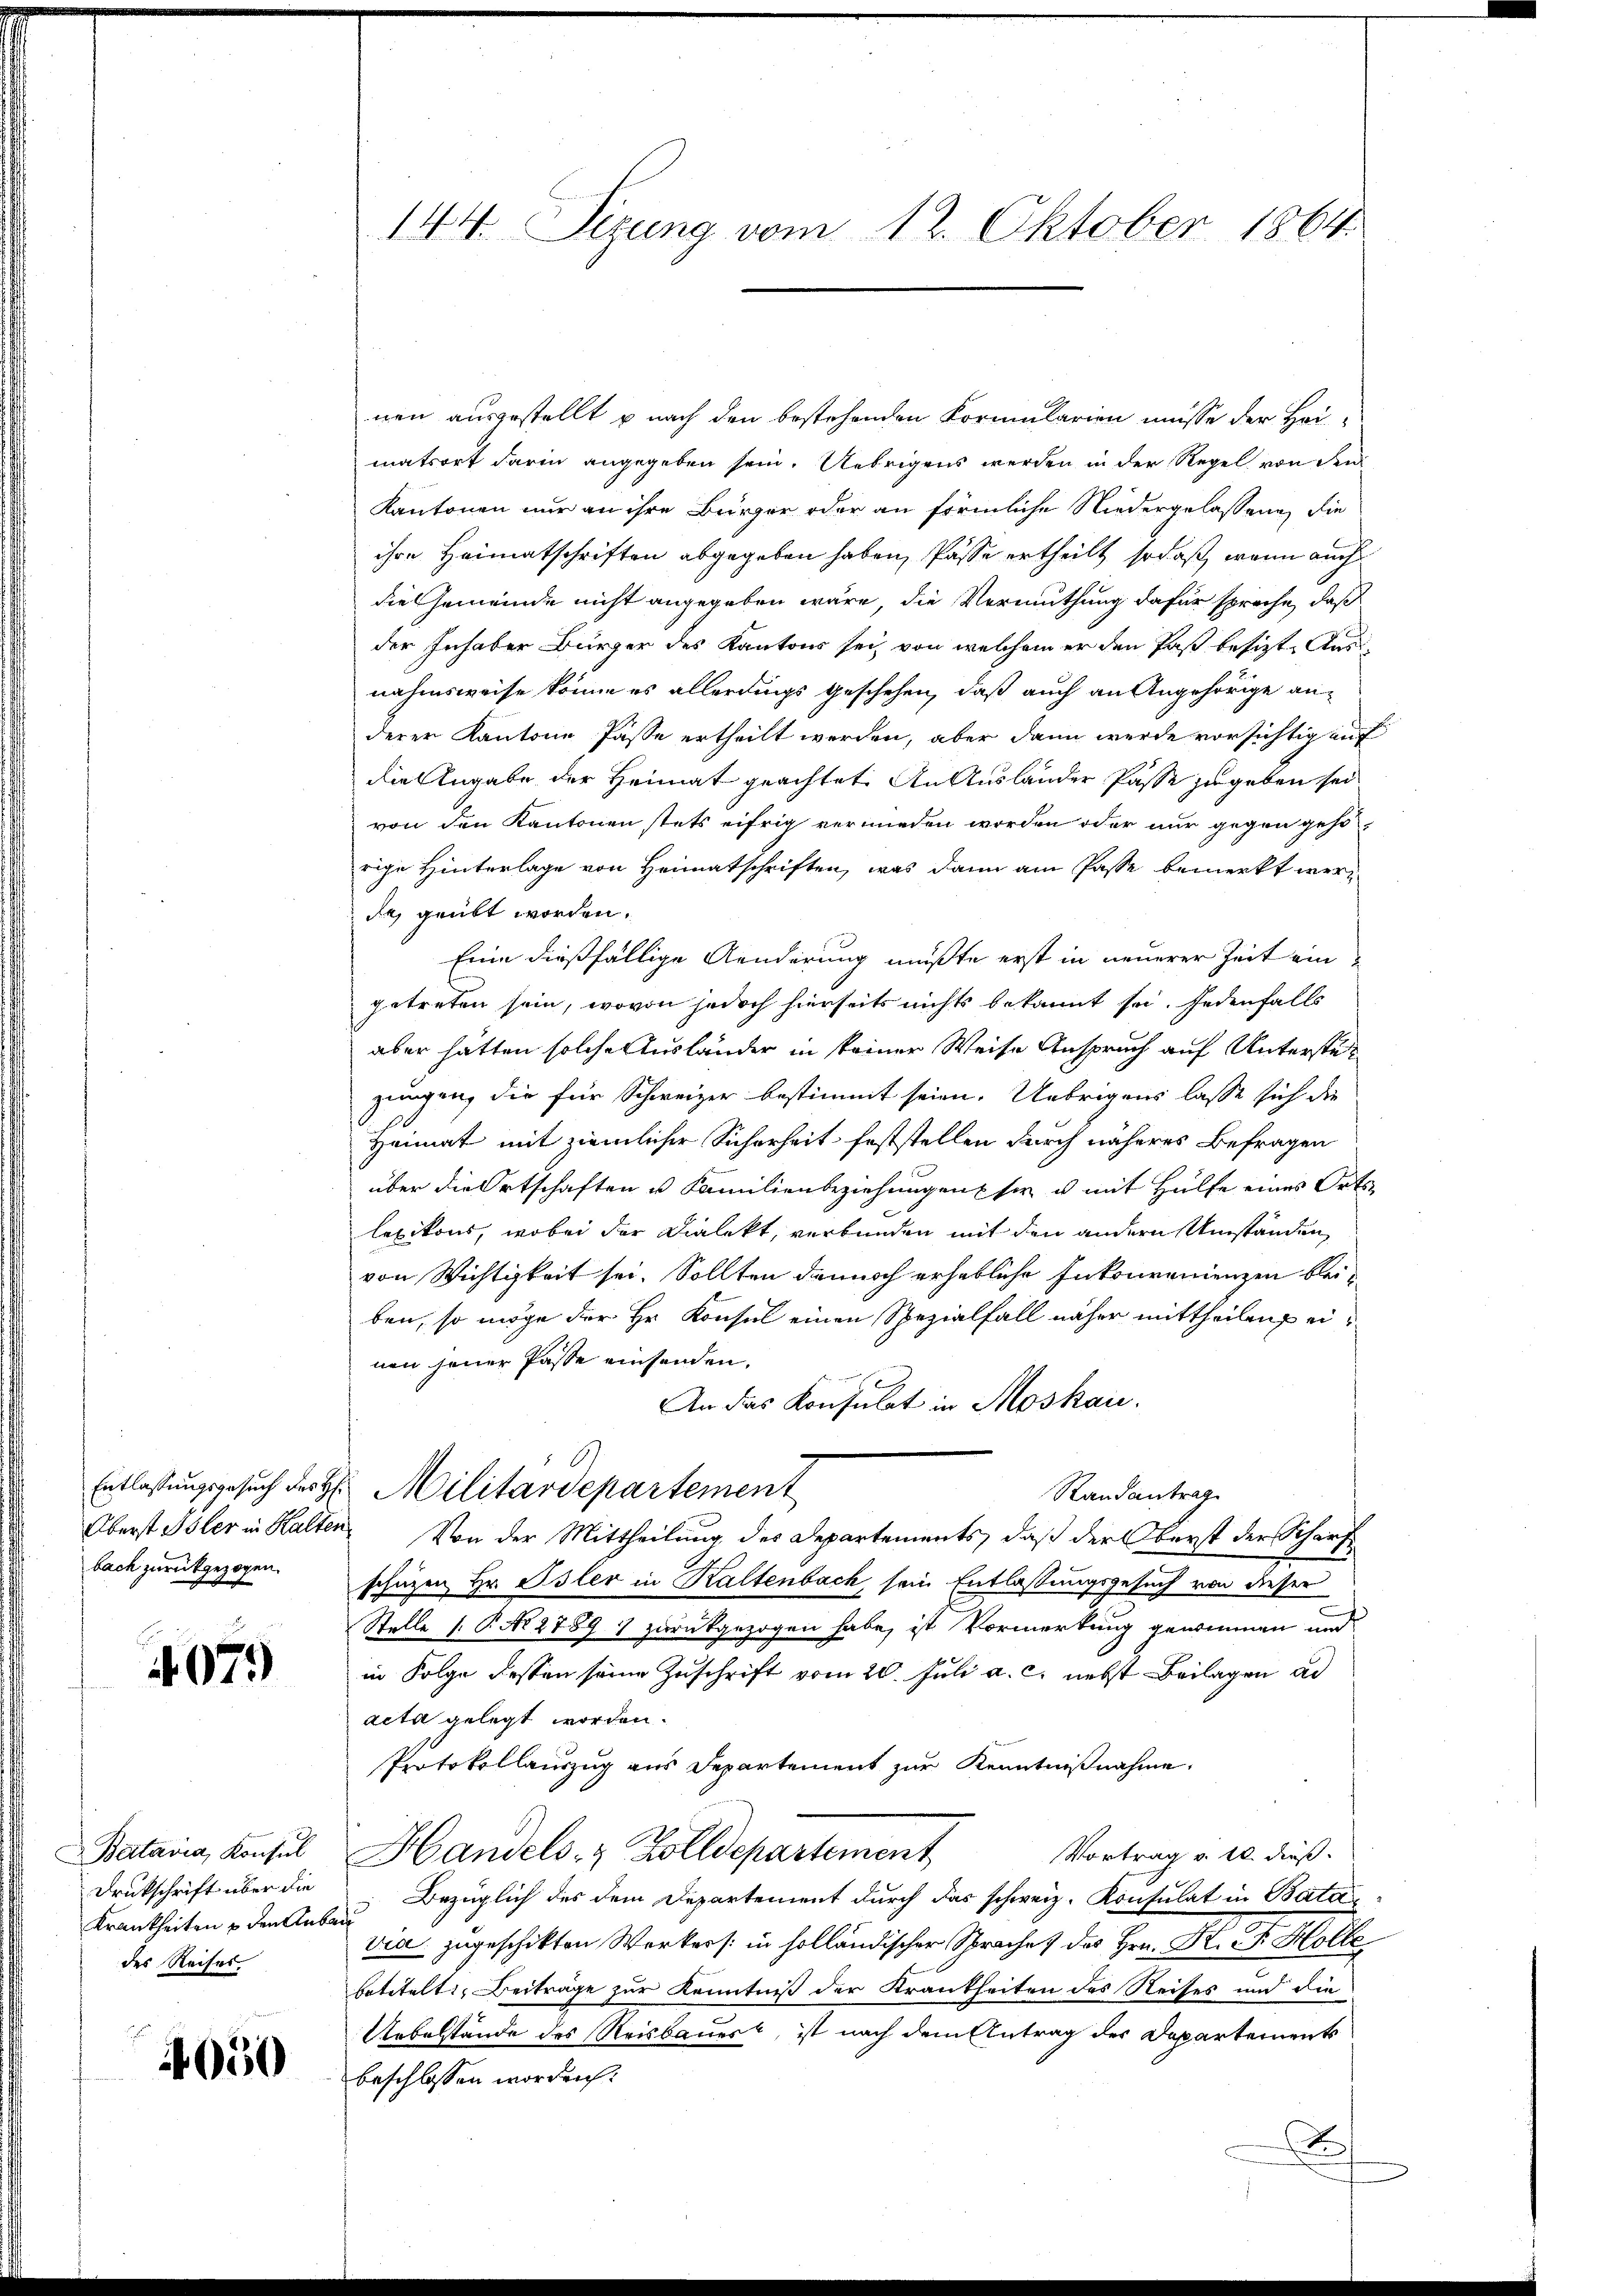
Entlassungsgesuch des H:
Oberst Isler in Halten
bach zurückgezogen.

407.

Batavia, Konsul
Drukschrift über die
Krankheiten u den Rub
des Reises

050

144. Sizung vom 12. Oktober 1864.

nen ausgestellt u nach den bestehenden Kormularien müsse der Heimatsort darin angegeben sein. Uebrigens werden in der Regel von den
Kantonen nur an ihre Bürger oder an förmliche Niedergelasseng, die
ihre Heimatschriften abgegeben haben, Pässe ertheilt, so daß, wenn auch
die Gemeinde nicht angegeben wäre, die Vermuthung dafür sprache, daß
der Inhaber Bürger des Kantons sei, von welchem er den Past besizt, Ausnahmsweise könne es allerdings geschehen, daß auch an Angehörige anderer Kantone Pässe ertheilt werden, aber dann werde vorsichtig auf
die Angabe der Heimat geachtet. An Ausländer Pässe zugeben sei
von den Kantonen stets eifrig vermieden worden oder nur gegen gehorige Hinterlage von Heimatschriften, was dann am Pässe bemerkt werde geübt worden.
Eine dießfällige Aenderung mußte erst in neuerer Zeit ein
getreten sein, wovon jedoch hierseits nichts bekannt sei. Jedenfalls
aber hätten solche Ausländer in seiner Weise Anspruch auf Unterste
zungen, die für Schweizer bestimmt seien. Uebrigens lasse sich die
Heimat mit ziemlicher Sicherheit feststellen durch näheres Befragen
über die Ortschaften u Familienbeziehungen sie u. mit Hülfe eines Orts
lexikons, wobei der Dialekt, verbunden mit den andern Umständen,
von Wichtigkeit sei. Sollten dannoch erhebliche Inkonvenienzen bleiben, so möge der Hr. Konsul einen Spezialfall näher mittheilen einen jener Pässe einsenden.
An das Konsulat in Moskau
Militärdepartement
Randantrag
 Von der Mittheilung des Departements, daß der Oberst der Schärfschützen Hr. Isler in Kaltenbach, sein Entlassungsgesuch von dieser
Stelle 1. P. Nr. 2789 7 zurückgezogen habe, ist Vormerkung genommmen und
in Folge dessen seine Zuschrift vom 20. Juli a. c. nebst Beilagen ad
acta gelegt worden.
Protokollauszug aus Departement zur Kenntnißnahme.
Vortrag v. 10. dieß.
Handels- & Zolldepartement
Bezüglich des dem Departement durch das schweiz. Konsulat in Bata
via zugeschikten Werkers in holländischer Sprache des Hrn. K. Fr. Holle
betitelt. Beiträge zur Kenntniß der Krankheiten des Reises und die
Uebelstände des Reisbauert, ist nach dem Antrag der Departements
beschlossen worden.
.